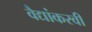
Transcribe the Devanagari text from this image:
वैद्यांकरवी